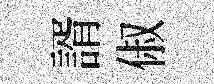
諝俶